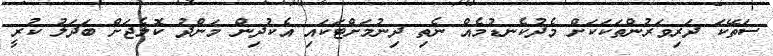
ސަތޭކަ ދަރިވަރުންތަކަކަށް މެދުކެނޑުމެއް ނެތި ދިނުމަށްޓަކައި އެކުދިން މަންދު ކޮލެޖަށް ބަދަލު ކުރީ